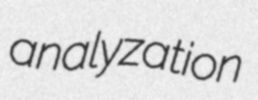
analyzation